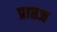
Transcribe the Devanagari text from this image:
प्राप्तज